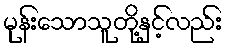
မုန်းသောသူတို့နှင့်လည်း